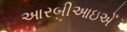
આરબીઆઇએ